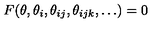
F ( \theta , \theta _ { i } , \theta _ { i j } , \theta _ { i j k } , \dots ) = 0